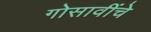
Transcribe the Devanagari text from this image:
गोसावींचे